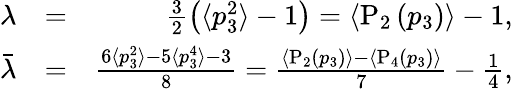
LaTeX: \begin{array}{rlr}{\lambda}&{=}&{\frac{3}{2}\left(\langle p_{3}^{2}\rangle-1\right)=\langle\textrm{P}_{2}\left(p_{3}\right)\rangle-1,}\\ {\bar{\lambda}}&{=}&{\frac{6\langle p_{3}^{2}\rangle-5\langle p_{3}^{4}\rangle-3}{8}=\frac{\langle\textrm{P}_{2}\left(p_{3}\right)\rangle-\langle\textrm{P}_{4}\left(p_{3}\right)\rangle}{7}-\frac{1}{4},}\end{array}